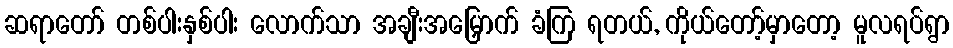
ဆရာတော် တစ်ပါးနှစ်ပါး လောက်သာ အချီးအမြှောက် ခံကြ ရတယ်, ကိုယ်တော့်မှာတော့ မူလရပ်ရွာ